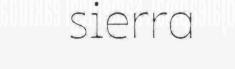
sierra